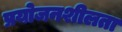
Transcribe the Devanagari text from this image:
प्रयोजनशीलता